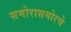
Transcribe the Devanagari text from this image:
समोरासमोरचे